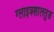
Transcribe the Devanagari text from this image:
ग्लाइक्शालतुङ